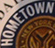
HOMETOWN